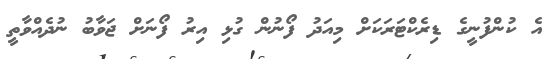
އެ ކުންފުނީގެ ޑިރެކްޓަރަކަށް މިއަދު ފޯނުން ގުޅި އިރު ފޯނަށް ޖަވާބު ނުދެއްވާތީ